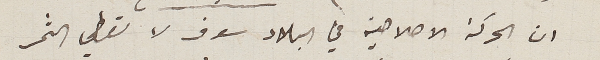
ان الحركة الاصلاحية في البلاد سوف لا تعطي الثمر